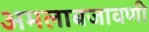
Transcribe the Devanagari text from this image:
अमलाबजावणी